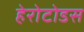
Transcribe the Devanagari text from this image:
हेरोटोडस